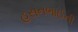
હસનભાઈની